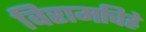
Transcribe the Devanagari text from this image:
विरामचिह्ने